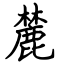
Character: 麓